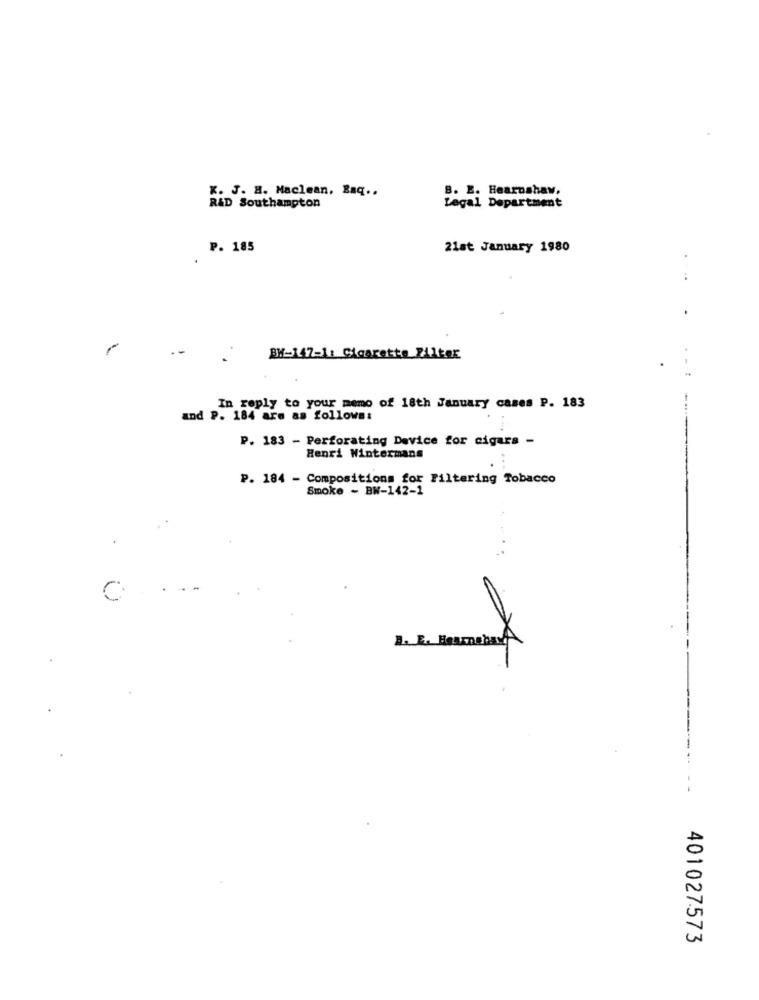
K. J. H. Maclean, Baq ..
B. E. Hearnshaw,
R&D Southampton
Legal Department
P. 185
21at January 1980
.-
BW-147-1: Cigarette Filter
-.
In reply to your memo of 18th January cases P. 183
and P. 184 are as follows:
P. 183 - Perforating Device for cigars -
Henri Wintermans
P. 184 - Compositions for Filtering Tobacco
Smoke - BW-142-1
C
--
1. F. HURmanas A
- -
401027573